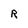
Character: R